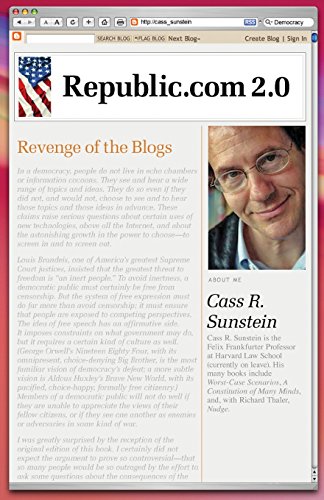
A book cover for Republic.com 2.0; Cass R. Sunstein; Computers & Technology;